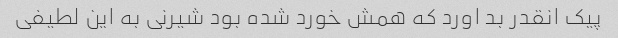
پیک انقدر بد اورد که همش خورد شده بود شیرنی به این لطیفی